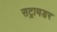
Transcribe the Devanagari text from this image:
सट्रायडर